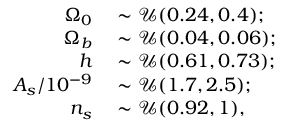
\begin{array} { r l } { \Omega _ { 0 } } & { { } \sim \mathcal { U } ( 0 . 2 4 , 0 . 4 ) ; } \\ { \Omega _ { b } } & { { } \sim \mathcal { U } ( 0 . 0 4 , 0 . 0 6 ) ; } \\ { h } & { { } \sim \mathcal { U } ( 0 . 6 1 , 0 . 7 3 ) ; } \\ { A _ { s } / 1 0 ^ { - 9 } } & { { } \sim \mathcal { U } ( 1 . 7 , 2 . 5 ) ; } \\ { n _ { s } } & { { } \sim \mathcal { U } ( 0 . 9 2 , 1 ) , } \end{array}